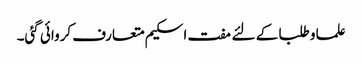
علما و طلبا کے لئے مفت اسکیم متعارف کروائی گئی۔